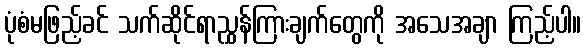
ပုံစံမဖြည့်ခင် သက်ဆိုင်ရာညွှန်ကြားချက်တွေကို အသေအချာ ကြည့်ပါ။